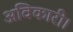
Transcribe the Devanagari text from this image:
अविकारी।